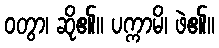
ဝတွာ၊ ဆို၏။ ပက္ကာမိ၊ ဖဲ၏။